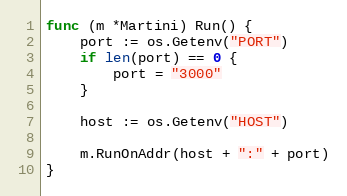
Language: Go
func (m *Martini) Run() {
	port := os.Getenv("PORT")
	if len(port) == 0 {
		port = "3000"
	}

	host := os.Getenv("HOST")

	m.RunOnAddr(host + ":" + port)
}